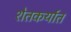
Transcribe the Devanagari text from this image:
शेतकर्यात